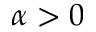
\alpha > 0